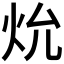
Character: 𪸗